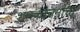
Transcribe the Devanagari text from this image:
शास्त्रवचनांचा